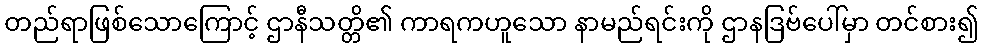
တည်ရာဖြစ်သောကြောင့် ဌာနီသတ္တိ၏ ကာရကဟူသော နာမည်ရင်းကို ဌာနဒြဗ်ပေါ်မှာ တင်စား၍